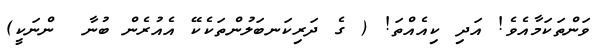
ވަންތަކަމާއެވެ! އަދި ކިއެއްތަ! ( ގެ ދަރިކަނބަލުންތަކެކޭ އެއުރެން ބުނާ  ންނަކީ)